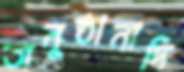
অনুষ্ঠানাদি